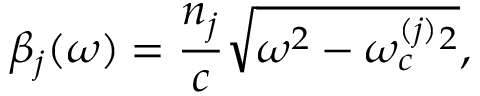
\beta _ { j } ( \omega ) = \frac { n _ { j } } { c } \sqrt { \omega ^ { 2 } - \omega _ { c } ^ { ( j ) } { } ^ { 2 } } ,